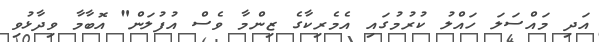
އަދި މައްސަލަ ހައްލު ކުރުމުގައި އެމެރިކާގެ ޒިންމާ ވެސް އުފުލަން" އޮބާމާ ވިދާޅުވި